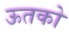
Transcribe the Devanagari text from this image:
ऊतको